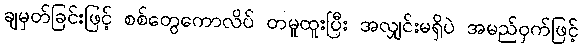
ချမှတ်ခြင်းဖြင့် စစ်တွေကောလိပ် တမူထူးပြီး အလျှင်းမရှိပဲ အမည်ဝှက်ဖြင့်